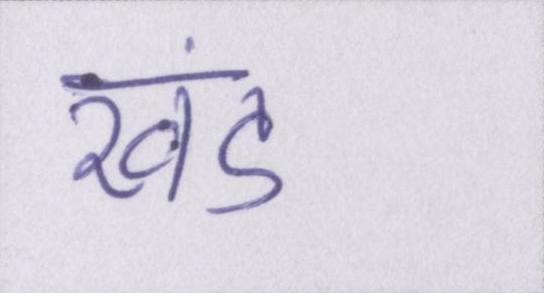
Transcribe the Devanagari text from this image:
खंड